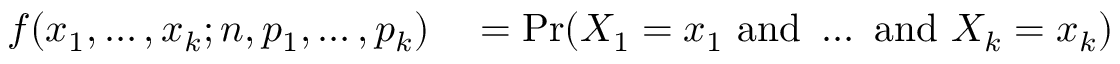
\begin{array} { r l } { f ( x _ { 1 } , \ldots , x _ { k } ; n , p _ { 1 } , \ldots , p _ { k } ) } & { { } { } = \operatorname* { P r } ( X _ { 1 } = x _ { 1 } { \mathrm { ~ a n d ~ } } \dots { \mathrm { ~ a n d ~ } } X _ { k } = x _ { k } ) } \end{array}